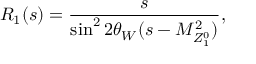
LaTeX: R _ { 1 } ( s ) = \frac { s } { \sin ^ { 2 } 2 \theta _ { W } ( s - M _ { Z _ { 1 } ^ { 0 } } ^ { 2 } ) } ,